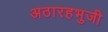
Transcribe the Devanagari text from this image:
अठारहभुजी